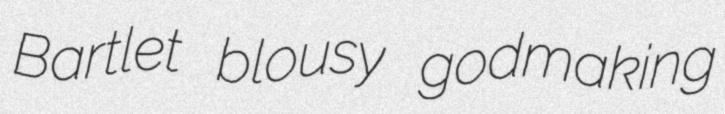
Bartlet blousy godmaking